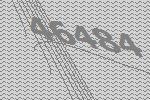
46484